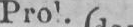
Prol.